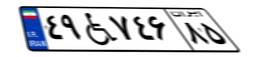
۴۹W۷۴۶۸۵